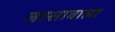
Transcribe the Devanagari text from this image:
जस्‍सावाला